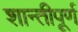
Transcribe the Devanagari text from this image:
शान्तीपूर्ण